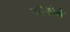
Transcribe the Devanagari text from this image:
व्होकोले